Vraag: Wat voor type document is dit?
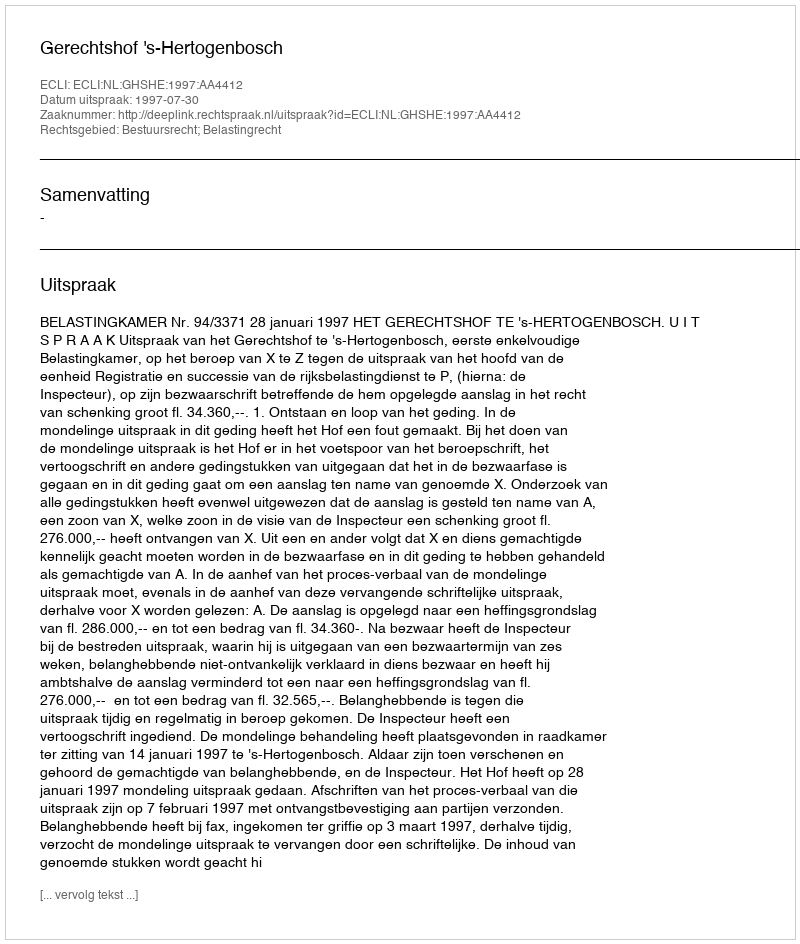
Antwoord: Uitspraak